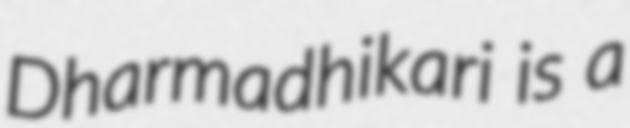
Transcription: Dharmadhikari is a